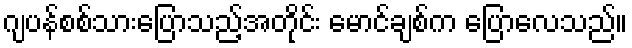
ဂျပန်စစ်သားပြောသည့်အတိုင်း မောင်ချစ်က ပြောလေသည်။